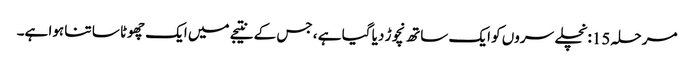
مرحلہ 15: نچلے سروں کو ایک ساتھ نچوڑ دیا گیا ہے ، جس کے نتیجے میں ایک چھوٹا سا تنا ہوا ہے۔